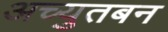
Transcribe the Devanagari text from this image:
अच्युतबन